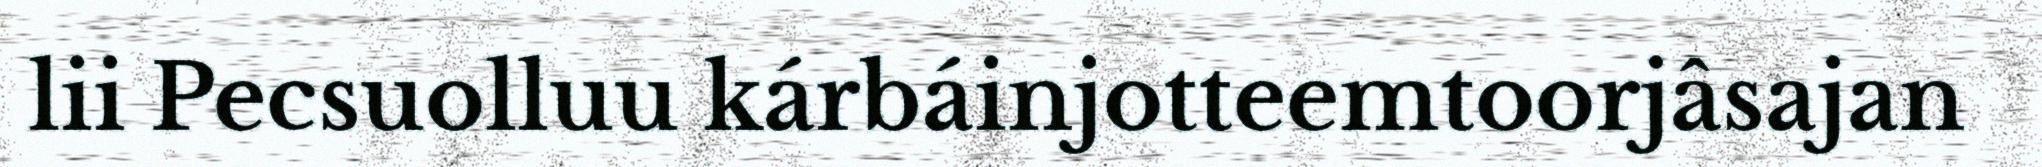
lii Pecsuolluu kárbáinjotteemtoorjâsajan